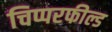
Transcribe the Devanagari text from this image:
चिप्परफील्ड